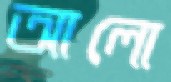
আলো